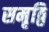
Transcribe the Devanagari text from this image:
समृठ्ठि